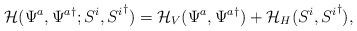
LaTeX: \begin{align*}{\cal{H}}(\Psi^a,{\Psi^a}^{\dagger}; S^i,{S^i}^{\dagger})= {\cal{H}}_{V}(\Psi^a, {\Psi^a}^{\dagger}) + {\cal{H}}_{H}(S^i, {S^i}^{\dagger}),\end{align*}